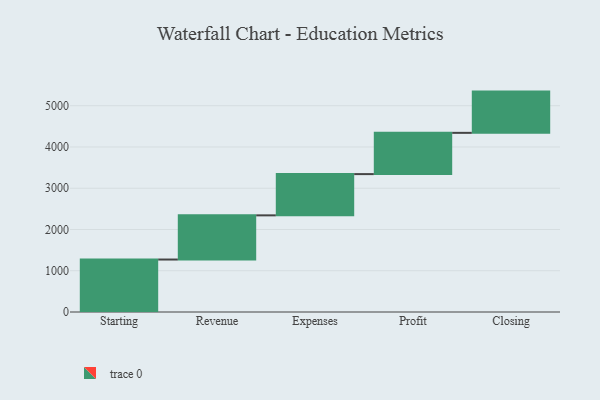
{"axis": {"x": "Step", "y": "Value"}, "legend": [""], "data": [{"x": "Starting", "y": 1272.0, "type": ""}, {"x": "Revenue", "y": 1071.0, "type": ""}, {"x": "Expenses", "y": 1000, "type": ""}, {"x": "Profit", "y": 1000, "type": ""}, {"x": "Closing", "y": 1000, "type": ""}]}